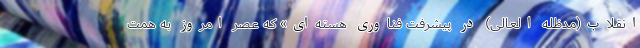
انقلاب(مدظله العالی) در پیشرفت فناوری هسته‌ای» که عصر امروز به همت